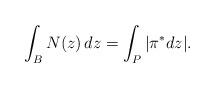
LaTeX: \begin{align*} \int_{B} N(z)\,dz = \int_{P} |\pi^*dz|.\end{align*}